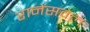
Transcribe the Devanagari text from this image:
रानेंसवेल